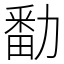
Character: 勫